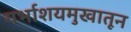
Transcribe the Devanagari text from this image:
गर्भाशयमुखातून